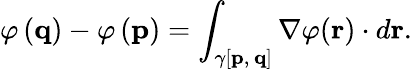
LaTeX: \varphi\left(\mathbf{q}\right)-\varphi\left(\mathbf{p}\right)=\int_{\gamma[\mathbf{p},\, \mathbf{q}]}\nabla\varphi(\mathbf{r})\cdot d\mathbf{r}.